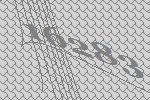
16283